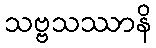
သဗ္ဗသဿာနိ